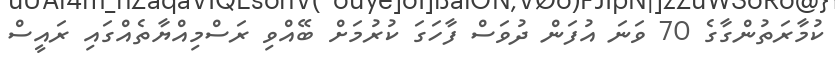
ކުމާރަތުންގާގެ 70 ވަަނަ އުފަން ދުވަސް ފާހަގަ ކުރުމަށް ބޭއްވި ރަސްމިއްޔާތެއްގައި ރައީސް